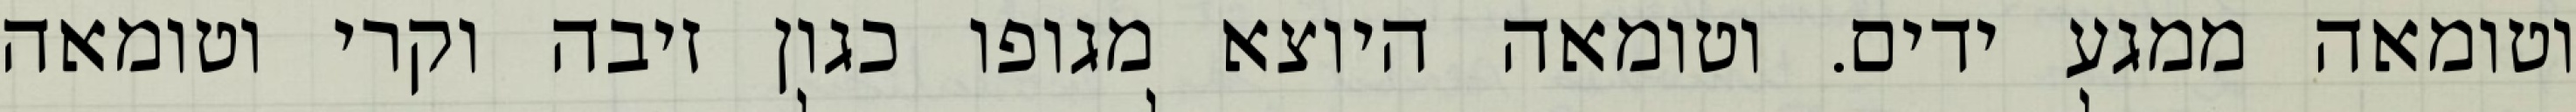
וטומאה ממגע ידים. וטומאה היוצא מגופו כגון זיבה וקרי וטומאה